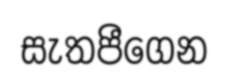
සැතපීගෙන